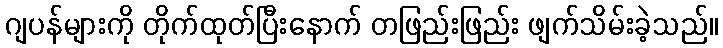
ဂျပန်များကို တိုက်ထုတ်ပြီးနောက် တဖြည်းဖြည်း ဖျက်သိမ်းခဲ့သည်။